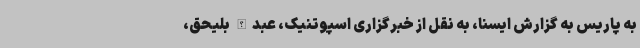
به پاریس به گزارش ایسنا، به نقل از خبرگزاری اسپوتنیک، عبدالله بلیحق،